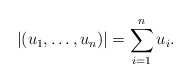
\begin{align*}|(u_1,\ldots, u_n)| = \sum_{i=1}^n u_i.\end{align*}